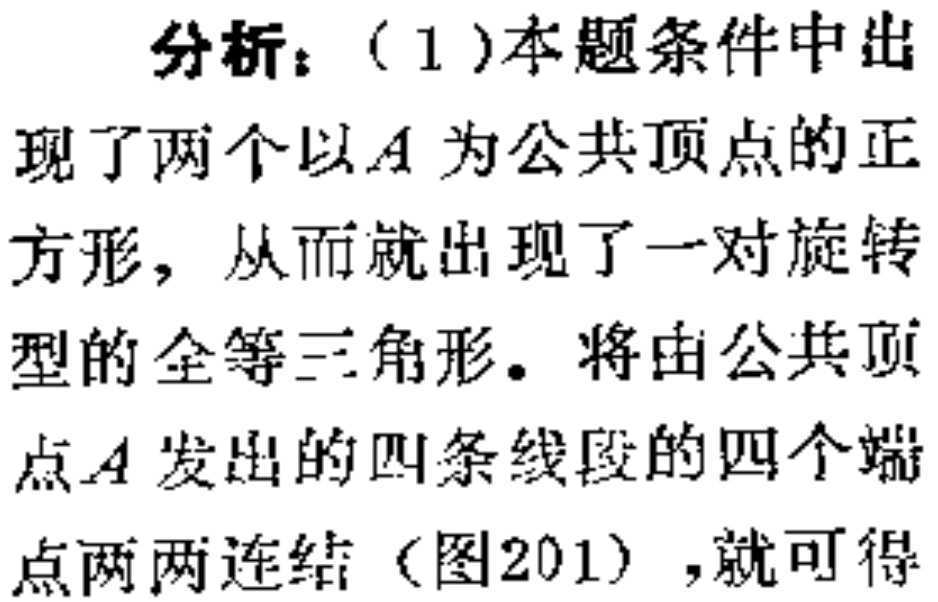
分析：（1）本题条件中出

现了两个以\(A\) 为公共顶点的正

方形，从而就出现了一对旋转

型的全等三角形。将由公共顶

点\(A\) 发出的四条线段的四个端

点两两连结（图201），就可得